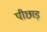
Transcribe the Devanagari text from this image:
पीछाड़